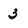
Character: 3